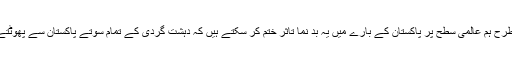
اسی طرح ہم عالمی سطح پر پاکستان کے بارے میں یہ بد نما تاثر ختم کر سکتے ہیں کہ دہشت گردی کے تمام سوتے پاکستان سے پھوٹتے ہیں۔